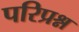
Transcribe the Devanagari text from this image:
परिप्रश्न